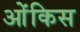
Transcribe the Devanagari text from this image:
ओंकिस